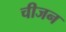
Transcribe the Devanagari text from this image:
चीजन